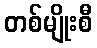
တစ်မျိုးစီ